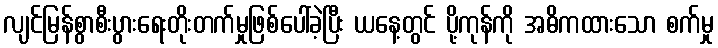
လျင်မြန်စွာစီးပွားရေးတိုးတက်မှုဖြစ်ပေါ်ခဲ့ပြီး ယနေ့တွင် ပို့ကုန်ကို အဓိကထားသော စက်မှု